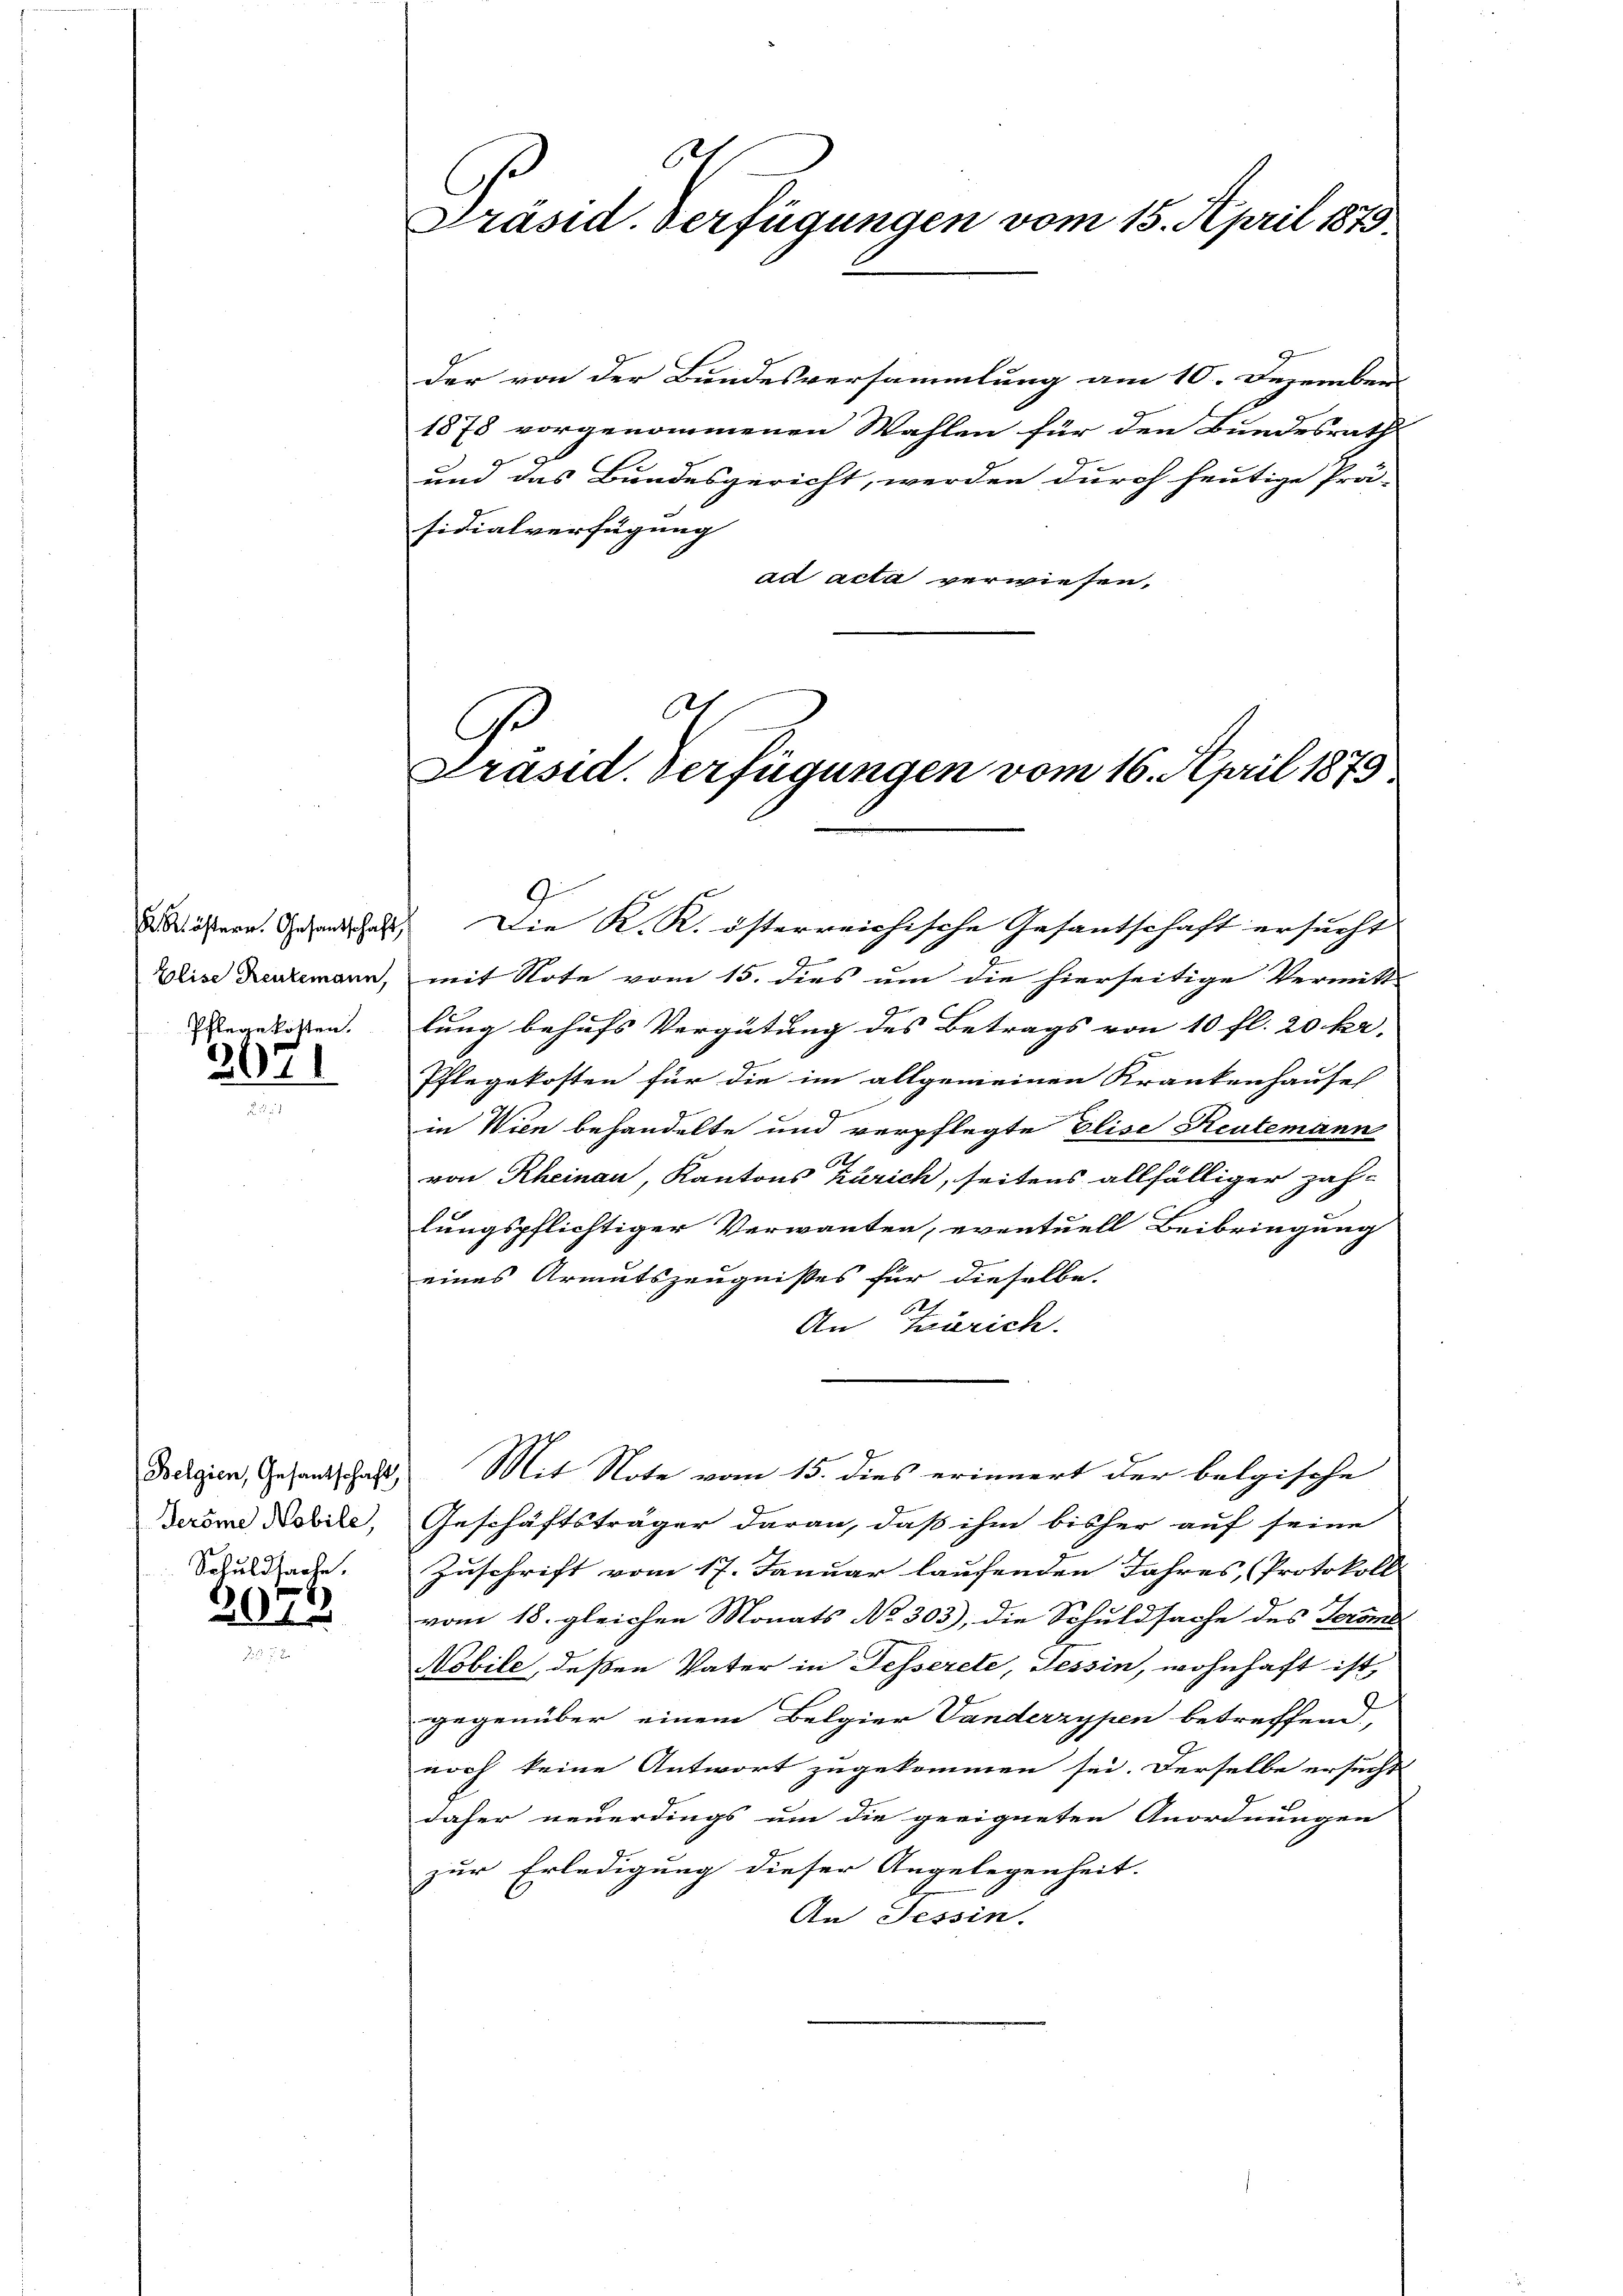
K Köstern. Gesandschaft
Elise Rentemann,
Pflege kosten.

2071

Belgien, Gesantschaft
Geröme Nobile,
Schuldsache.

2075

C
Präsid. Verfügungen vom 15. April 1873.

der von der Bundesversammlung am 10. Dezember
1878 vorgenommenen Wahlen für den Bundesrath
und das Bundesgericht, werden durch heutige Prä-
sidialverfügung
ad acta verwiesen,
.

G
Präsid. Verfügungen vom 16. April 1879

Die K. R. österreichische Gesantschaft ersucht |
mit Note vom 15. dies um die hierseitige Vermitt
lung behufs Vergütung des Betrags von 10 fl. 20 kr.
Pflegekosten für die im allgemeinen Krankenhause
in Wien behandelte und verpflegte Elise Rentemann
1.
von Rheinau, Kantons Zürich, seitens allfälliger Zah-
lungspflichtiger Verwanten, eventuell Beibringung
eines Armutszeugnisses für dieselbe.
An Zürich.
Mit Note vom 15. dies erinnert der belgische
Geschäftsträger daran, daß ihm bisher auf seine
Zuschrift vom 17. Januar laufenden Jahres, (Protokoll
vom 18. gleichen Monats No 303), die Schuldsache des Jeroms
Nobile, deßen Vater in Fesserete, Tessin, wohnhaft ist,
gegenüber einem Belgier Vanderzypen betreffend,
noch keine Antwort zugekommen sei. Derselbe ersucht
daher neuerdings um die geeigneten Anordnungen
zur Erledigung dieser Angelegenheit.
An Tessin.